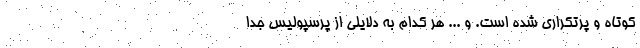
کوتاه و پرتکراری شده است. و ... هر کدام به دلایلی از پرسپولیس جدا